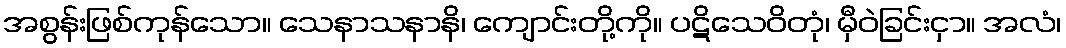
အစွန်းဖြစ်ကုန်သော။ သေနာသနာနိ၊ ကျောင်းတို့ကို။ ပဋိသေဝိတုံ၊ မှီဝဲခြင်းငှာ။ အလံ၊